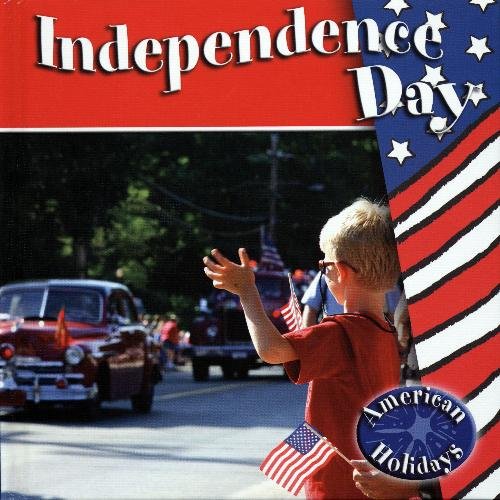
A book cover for Independence Day (American Holidays); Sandy Sepehri; Children's Books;